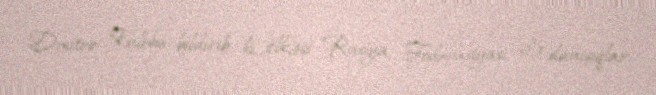
Dmitro Kuleba bildirib ki, ölkəsi Rusiya Federasiyası ilə danışıqlar